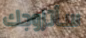
سأتزوجك